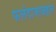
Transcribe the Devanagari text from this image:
फलंदाजाबद्दल